Annual report of the Imperial Bacteriological Laboratory, Muktesar
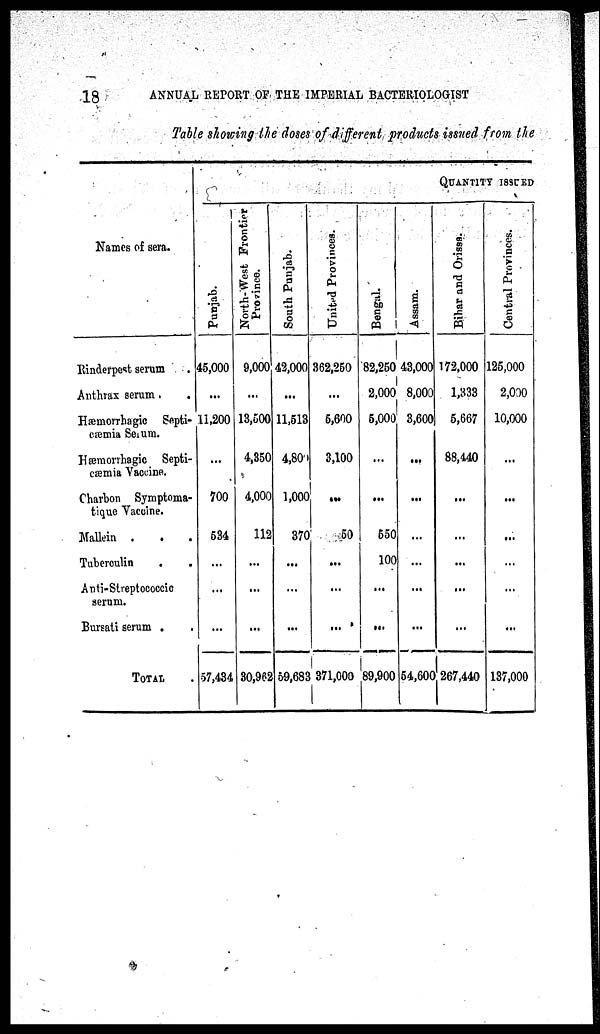
18
ANNUAL REPORT OF THE IMPERIAL BACTERIOLOGIST
Table showing the doses of different products issued from the
Names of sera.
Rinderpest serum .
Anthrax serum . .
Hæmorrhagic Septi-
cæmia Serum.
Hæmorrhagic Septi-
cæmia Vaccine.
Charbon Symptoma¬
tique Vaccine.
Mallein .
. .
Tuberculin
Anti-Streptococcic
serum.
Bursati serum . .
TOTAL
Punjab.
45,000
...
11,200
...
700
534
...
...
...
57,434
North-West Frontier
Province.
9,000
...
13,500
4,350
4,000
112
...
...
...
30,962
South Punjab.
42,000
...
11,513
4,800
1,000
370
...
...
...
59,683
QUANTITY ISSUED
United Provinces.
362,250
...
5,600
3,100
...
50
...
...
...
371,000
Bengal.
82,250
2,000
5,000
...
...
550
100
...
...
89,900
Assam.
43,000
8,000
3,600
...
...
...
...
...
...
54,600
Bihar and Orissa.
172,000
1,333
5,667
88,440
...
...
...
...
...
267,440
Central Provinces.
125,000
2,000
10,000
...
...
...
...
...
...
137,000